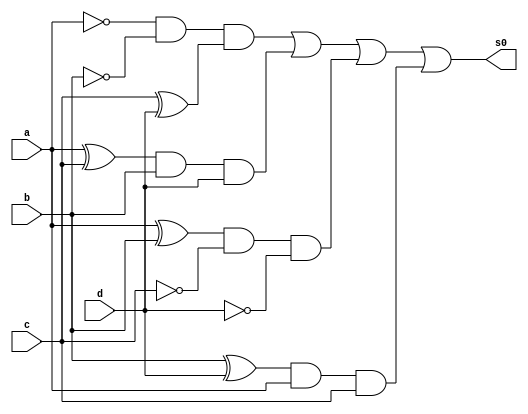
//----------------------------------------------
//-- Alvaro Henrique de Araujo Rungue - 395487
//-- Prova 01 - letra f
//---------------------------------------------

//-- s0 usando com ALGEBRA
module s0algebra (s0,a,b,c,d);
output s0;
input a,b,c,d;
wire t1,t2,t3,t4,t5,t,t7,t8;

xor XOR1 (t1,c,d);
xor XOR2 (t2,a,c);
xor XOR3 (t3,a,b);
xor XOR4 (t4,b,d);

and AND1 (t5, ~a,~b,t1);
and AND2 (t6, t2,b,d);
and AND3 (t7, t3,~c,~d);
and AND4 (t8, t4,a,c);

or OR1 (s0,t5,t6,t7,t8);



endmodule //fim s0algebra

//-- inicio teste s0

module testes0;

wire s0;
reg a,b,c,d;

s0algebra Teste (s0,a,b,c,d);

 initial begin
 	   $display("\nAlvaro Henrique - 395487 \n");
      $display("\na  b   c   d  s0\n");
      $monitor("%b  %b   %b   %b  %b", a, b, c, d, s0);
  
	     a=0; b=0; c=0; d=0;  
    #1  a=0; b=0; c=0; d=1;
    #1  a=0; b=0; c=1; d=0;
    #1  a=0; b=0; c=1; d=1;
    #1  a=0; b=1; c=0; d=0;
 	 #1  a=0; b=1; c=0; d=1;
    #1  a=0; b=1; c=1; d=0;
    #1  a=0; b=1; c=1; d=1;
    #1  a=1; b=0; c=0; d=0;
    #1  a=1; b=0; c=0; d=1;
    #1  a=1; b=0; c=1; d=0;
    #1  a=1; b=0; c=1; d=1;
    #1  a=1; b=1; c=0; d=0;
    #1  a=1; b=1; c=0; d=1;
    #1  a=1; b=1; c=1; d=0;
    #1  a=1; b=1; c=1; d=1;


        
    end
    endmodule